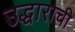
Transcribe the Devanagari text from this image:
उद्धाराची